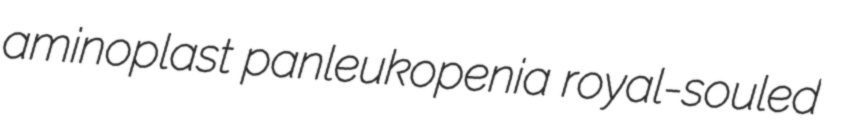
aminoplast panleukopenia royal-souled